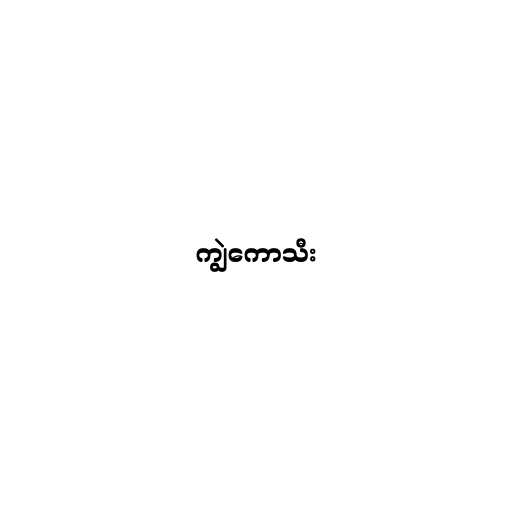
ကျွဲကောသီး